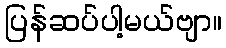
ပြန်ဆပ်ပါ့မယ်ဗျာ။